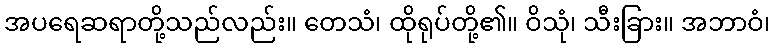
အပရေဆရာတို့သည်လည်း။ တေသံ၊ ထိုရုပ်တို့၏။ ဝိသုံ၊ သီးခြား။ အဘာဝံ၊